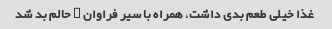
غذا خیلی طعم بدی داشت، همراه با سیر فراوان … حالم بد شد